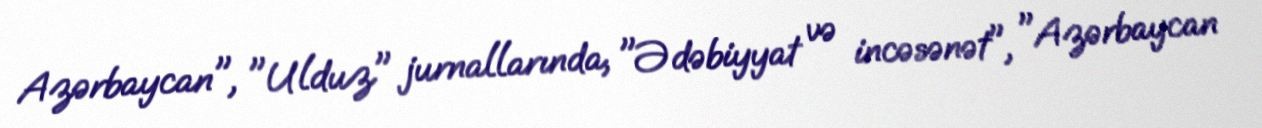
Azərbaycan", "Ulduz" jurnallarında, "Ədəbiyyat və incəsənət", "Azərbaycan